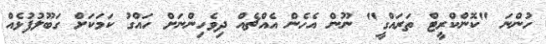
ހުންނަ "ކޮންކްރީޓް ތަރައްގީ" ނޫން އެހެން އެއްޗެއް ދިވެހިންނަށް ހައްގު ކަމަކަށް ގަބޫލުފުޅެއް